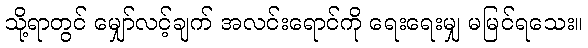
သို့ရာတွင် မျှော်လင့်ချက် အလင်းရောင်ကို ရေးရေးမျှ မမြင်ရသေး။